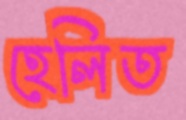
হেলিত